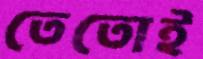
তেতোই